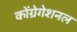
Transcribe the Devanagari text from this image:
कोंग्रेगेशनल